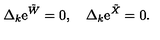
\Delta _ { k } \mathrm { e } ^ { { \tilde { W } } } = 0 , \quad \Delta _ { k } \mathrm { e } ^ { { \tilde { X } } } = 0 .